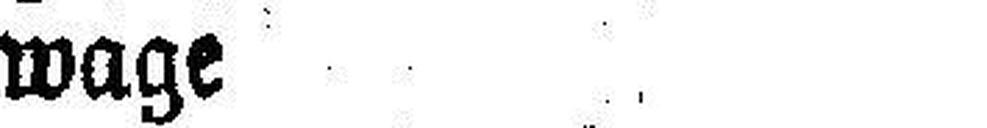
wage